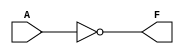
/* NOT   */
module NOTgate(A, F);
  input A;
  output F;

  assign F=~A;

endmodule